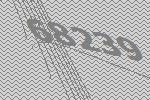
68239